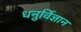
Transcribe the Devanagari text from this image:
धनुर्विज्ञान